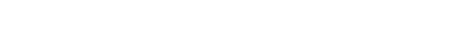
ထူလိကား မျက်ရည်ကျရပြန်သည် သင်ကြားပေးမည်ဖြစ်၍ မည်အ တစ်အိမ်မှတစ်အိမ်